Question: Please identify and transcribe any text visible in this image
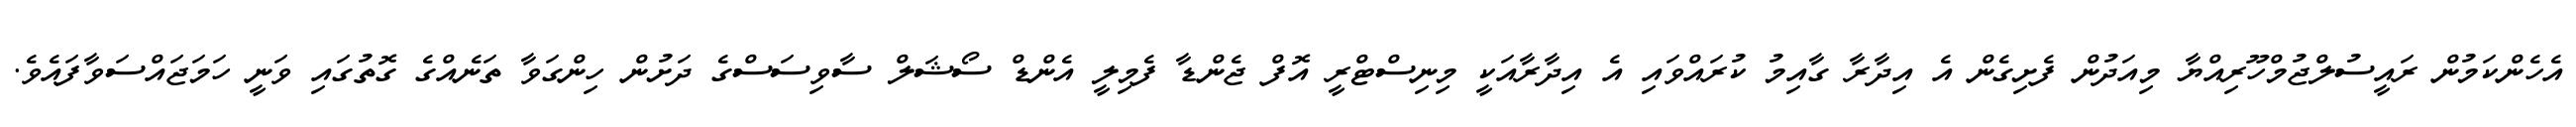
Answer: އެހެންކަމުން ރައީސުލްޖުމްހޫރިއްޔާ މިއަދުން ފެށިގެން އެ އިދާރާ ގާއިމު ކުރައްވައި އެ އިދާރާއަކީ މިނިސްޓްރީ އޮފް ޖެންޑާ ފެމިލީ އެންޑް ސޯޝަލް ސާވިސަސްގެ ދަށުން ހިންގަވާ ތަނެއްގެ ގޮތުގައި ވަނީ ހަމަޖައްސަވާފައެވެ.